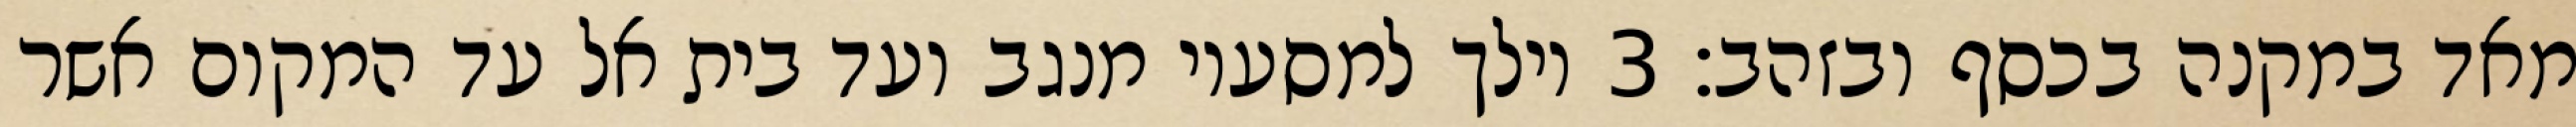
מאד במקנה בכסף ובזהב׃ ‎3‏ וילך למסעיו מנגב ועד בית אל עד המקום אשר